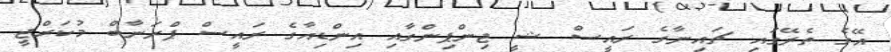
އޭގެ ތެރޭގައި ޗައިނާގެ ރައީސް ޝީ ޖިންޕިންގާާއި އިންޑިއާގެ ރައީސް ޕްރަނާބް މުކަރްޖީ